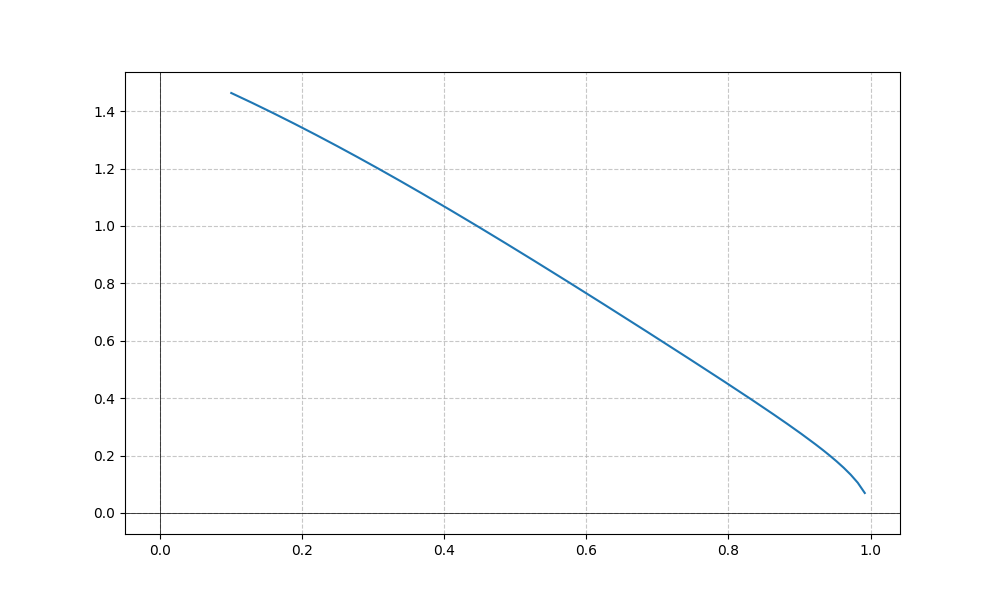
LaTeX formula: \cos{\left(x \right)} \operatorname{acos}{\left(x \right)}